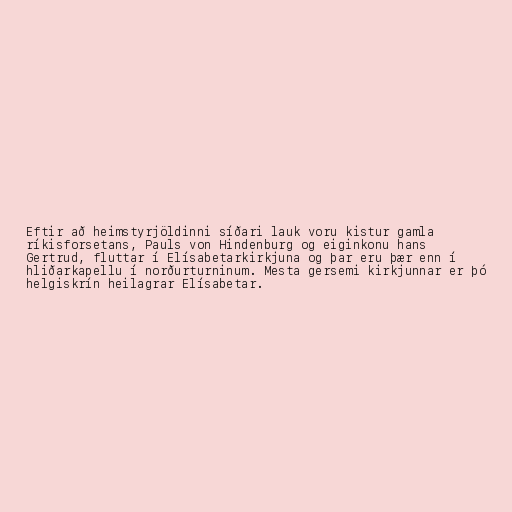
Eftir að heimstyrjöldinni síðari lauk voru kistur gamla
ríkisforsetans, Pauls von Hindenburg og eiginkonu hans
Gertrud, fluttar í Elísabetarkirkjuna og þar eru þær enn í
hliðarkapellu í norðurturninum. Mesta gersemi kirkjunnar er þó
helgiskrín heilagrar Elísabetar.